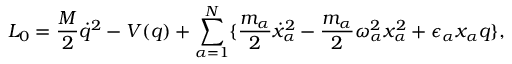
L _ { 0 } = \frac { M } { 2 } { \dot { q } } ^ { 2 } - V ( q ) + \sum _ { \alpha = 1 } ^ { N } \{ \frac { m _ { \alpha } } { 2 } { \dot { x } _ { \alpha } } ^ { 2 } - \frac { m _ { \alpha } } { 2 } \omega _ { \alpha } ^ { 2 } x _ { \alpha } ^ { 2 } + { \epsilon } _ { \alpha } x _ { \alpha } q \} ,